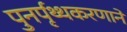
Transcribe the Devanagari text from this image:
पुनर्पृथ्थकरणाने